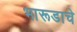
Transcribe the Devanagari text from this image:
भारूडाचे